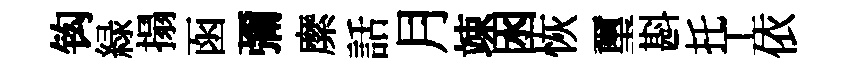
钩緑搨函彌縻話月竦囦恢璽斟托工依